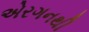
એરગનથી